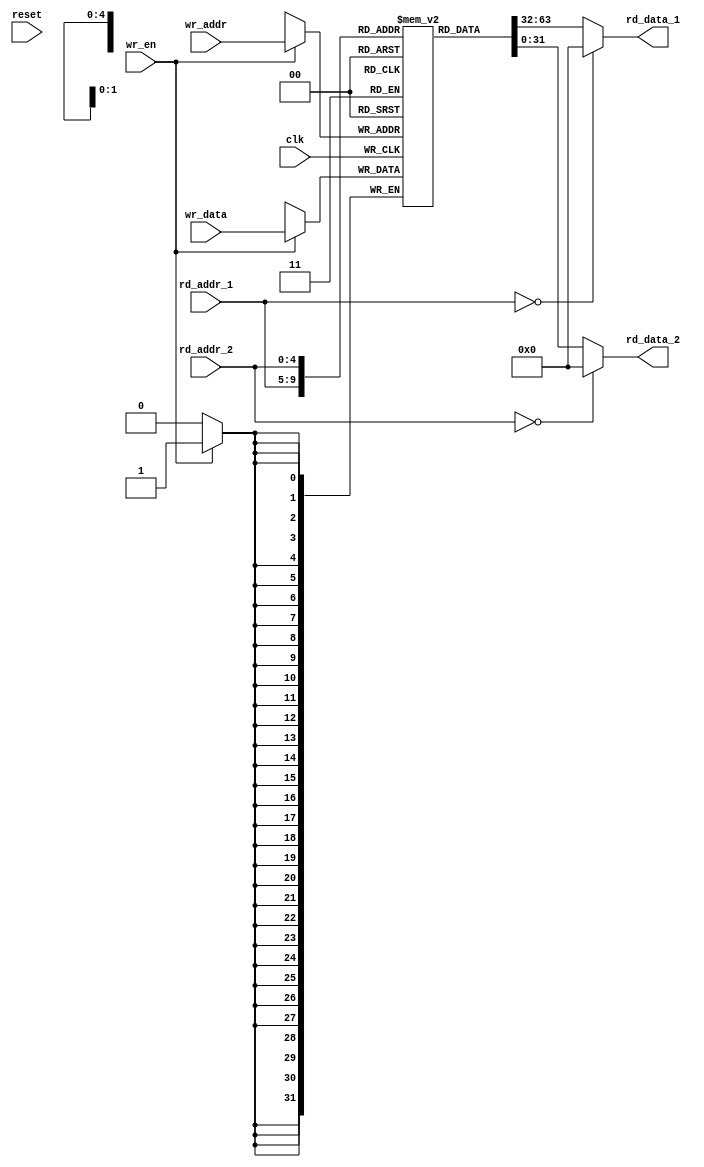
module riscv_soft_regfile(
			  clk,
			  reset,
			  rd_addr_1,
			  rd_data_1,
			  rd_addr_2,
			  rd_data_2,
			  wr_en,
			  wr_addr,
			  wr_data
			  );

   parameter XPR_LEN = 32;
   localparam NUM_REGS = 32;
   
   input clk;
   input reset;
   input [4:0] rd_addr_1;
   output [XPR_LEN-1:0] rd_data_1;
   input [4:0] rd_addr_2;
   output [XPR_LEN-1:0] rd_data_2;
   input 		wr_en;
   input [4:0] 		wr_addr;
   input [XPR_LEN-1:0] 	wr_data;
   
   reg [XPR_LEN-1:0] 	mem [0:NUM_REGS-1];
   
   assign rd_data_1 = (rd_addr_1 == 0) ? 0 : mem[rd_addr_1];
   assign rd_data_2 = (rd_addr_2 == 0) ? 0 : mem[rd_addr_2];   

   always @(posedge clk) begin
      if (wr_en) mem[wr_addr] <= wr_data;
   end
   
endmodule // riscv_soft_regfile